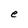
Character: e